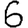
Digit: 6